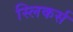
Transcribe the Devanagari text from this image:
स्लिकर्स